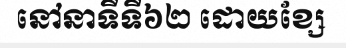
នៅនាទីទី៦២ ដោយខ្សែ